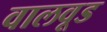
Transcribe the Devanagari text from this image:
वालवूड